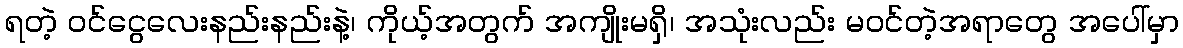
ရတဲ့ ဝင်ငွေလေးနည်းနည်းနဲ့၊ ကိုယ့်အတွက် အကျိုးမရှိ၊ အသုံးလည်း မဝင်တဲ့အရာတွေ အပေါ်မှာ